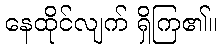
နေထိုင်လျက် ရှိကြ၏။